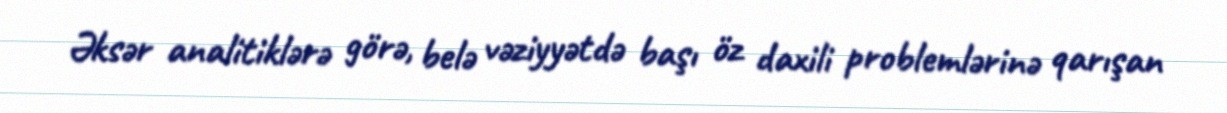
Əksər analitiklərə görə, belə vəziyyətdə başı öz daxili problemlərinə qarışan